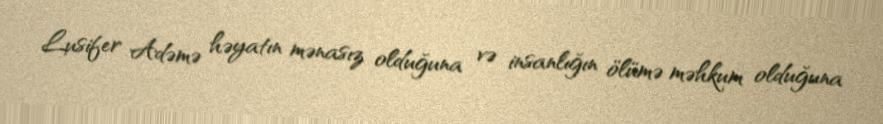
Lusifer Adəmə həyatın mənasız olduğuna və insanlığın ölümə məhkum olduğuna